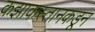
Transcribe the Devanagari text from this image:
कझाकस्तानकडून